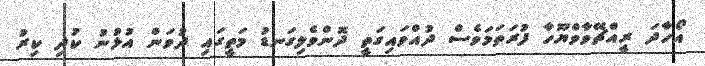
އޯހާދަ ރީއްޗޭވާވްޔޫހާ ފުރަތަމަވެސް ދުއްވައިގަތީ ދޮންވެލިގަނޑު މަތީގައި ދުވަން އުޅުނު ކުދި ކިރު